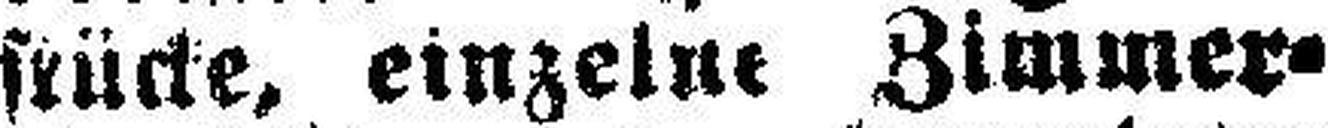
stücke, einzelne Zimmer¬